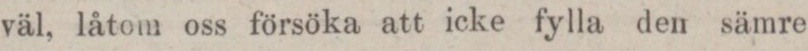
väl, låtom oss försöka att icke fylla den sämre